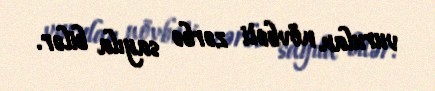
vurulan növbəti zərbə sayıla bilər.